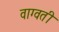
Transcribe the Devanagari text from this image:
वाग्वती